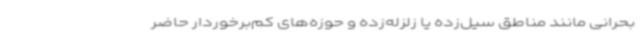
بحرانی مانند مناطق سیل‌زده یا زلزله‌زده و حوزه‌های کم‌برخوردار حاضر